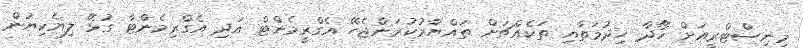
މިނިސްޓްރީއަށް ހޯދާ ޚިދުމަތާއި ތަކެއްޗަށް ތައްޔާރުކުރަންޖެހޭ އެގްރީމެންޓް އަދި އެގްރިމެންޓާ ގުޅޭ ލިޔެކިޔުން